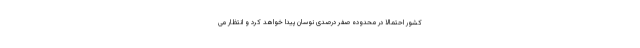
کشور احتمالا در محدوده صفر درصدی نوسان پیدا خواهد کرد و انتظار می